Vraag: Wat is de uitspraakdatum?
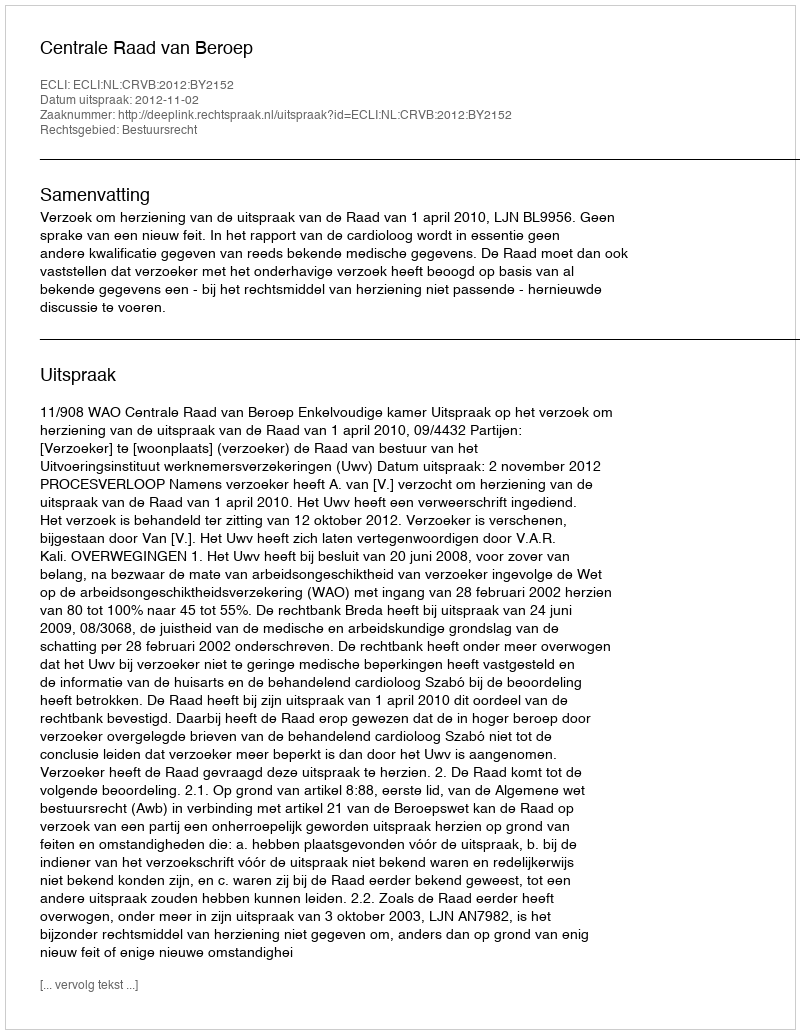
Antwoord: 2012-11-02